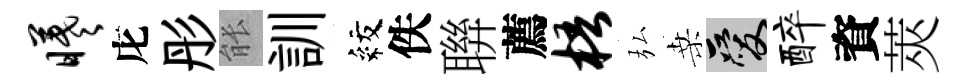
曦庀彤䏻訓紋佚聨薦梧弘桑爱醉資莢